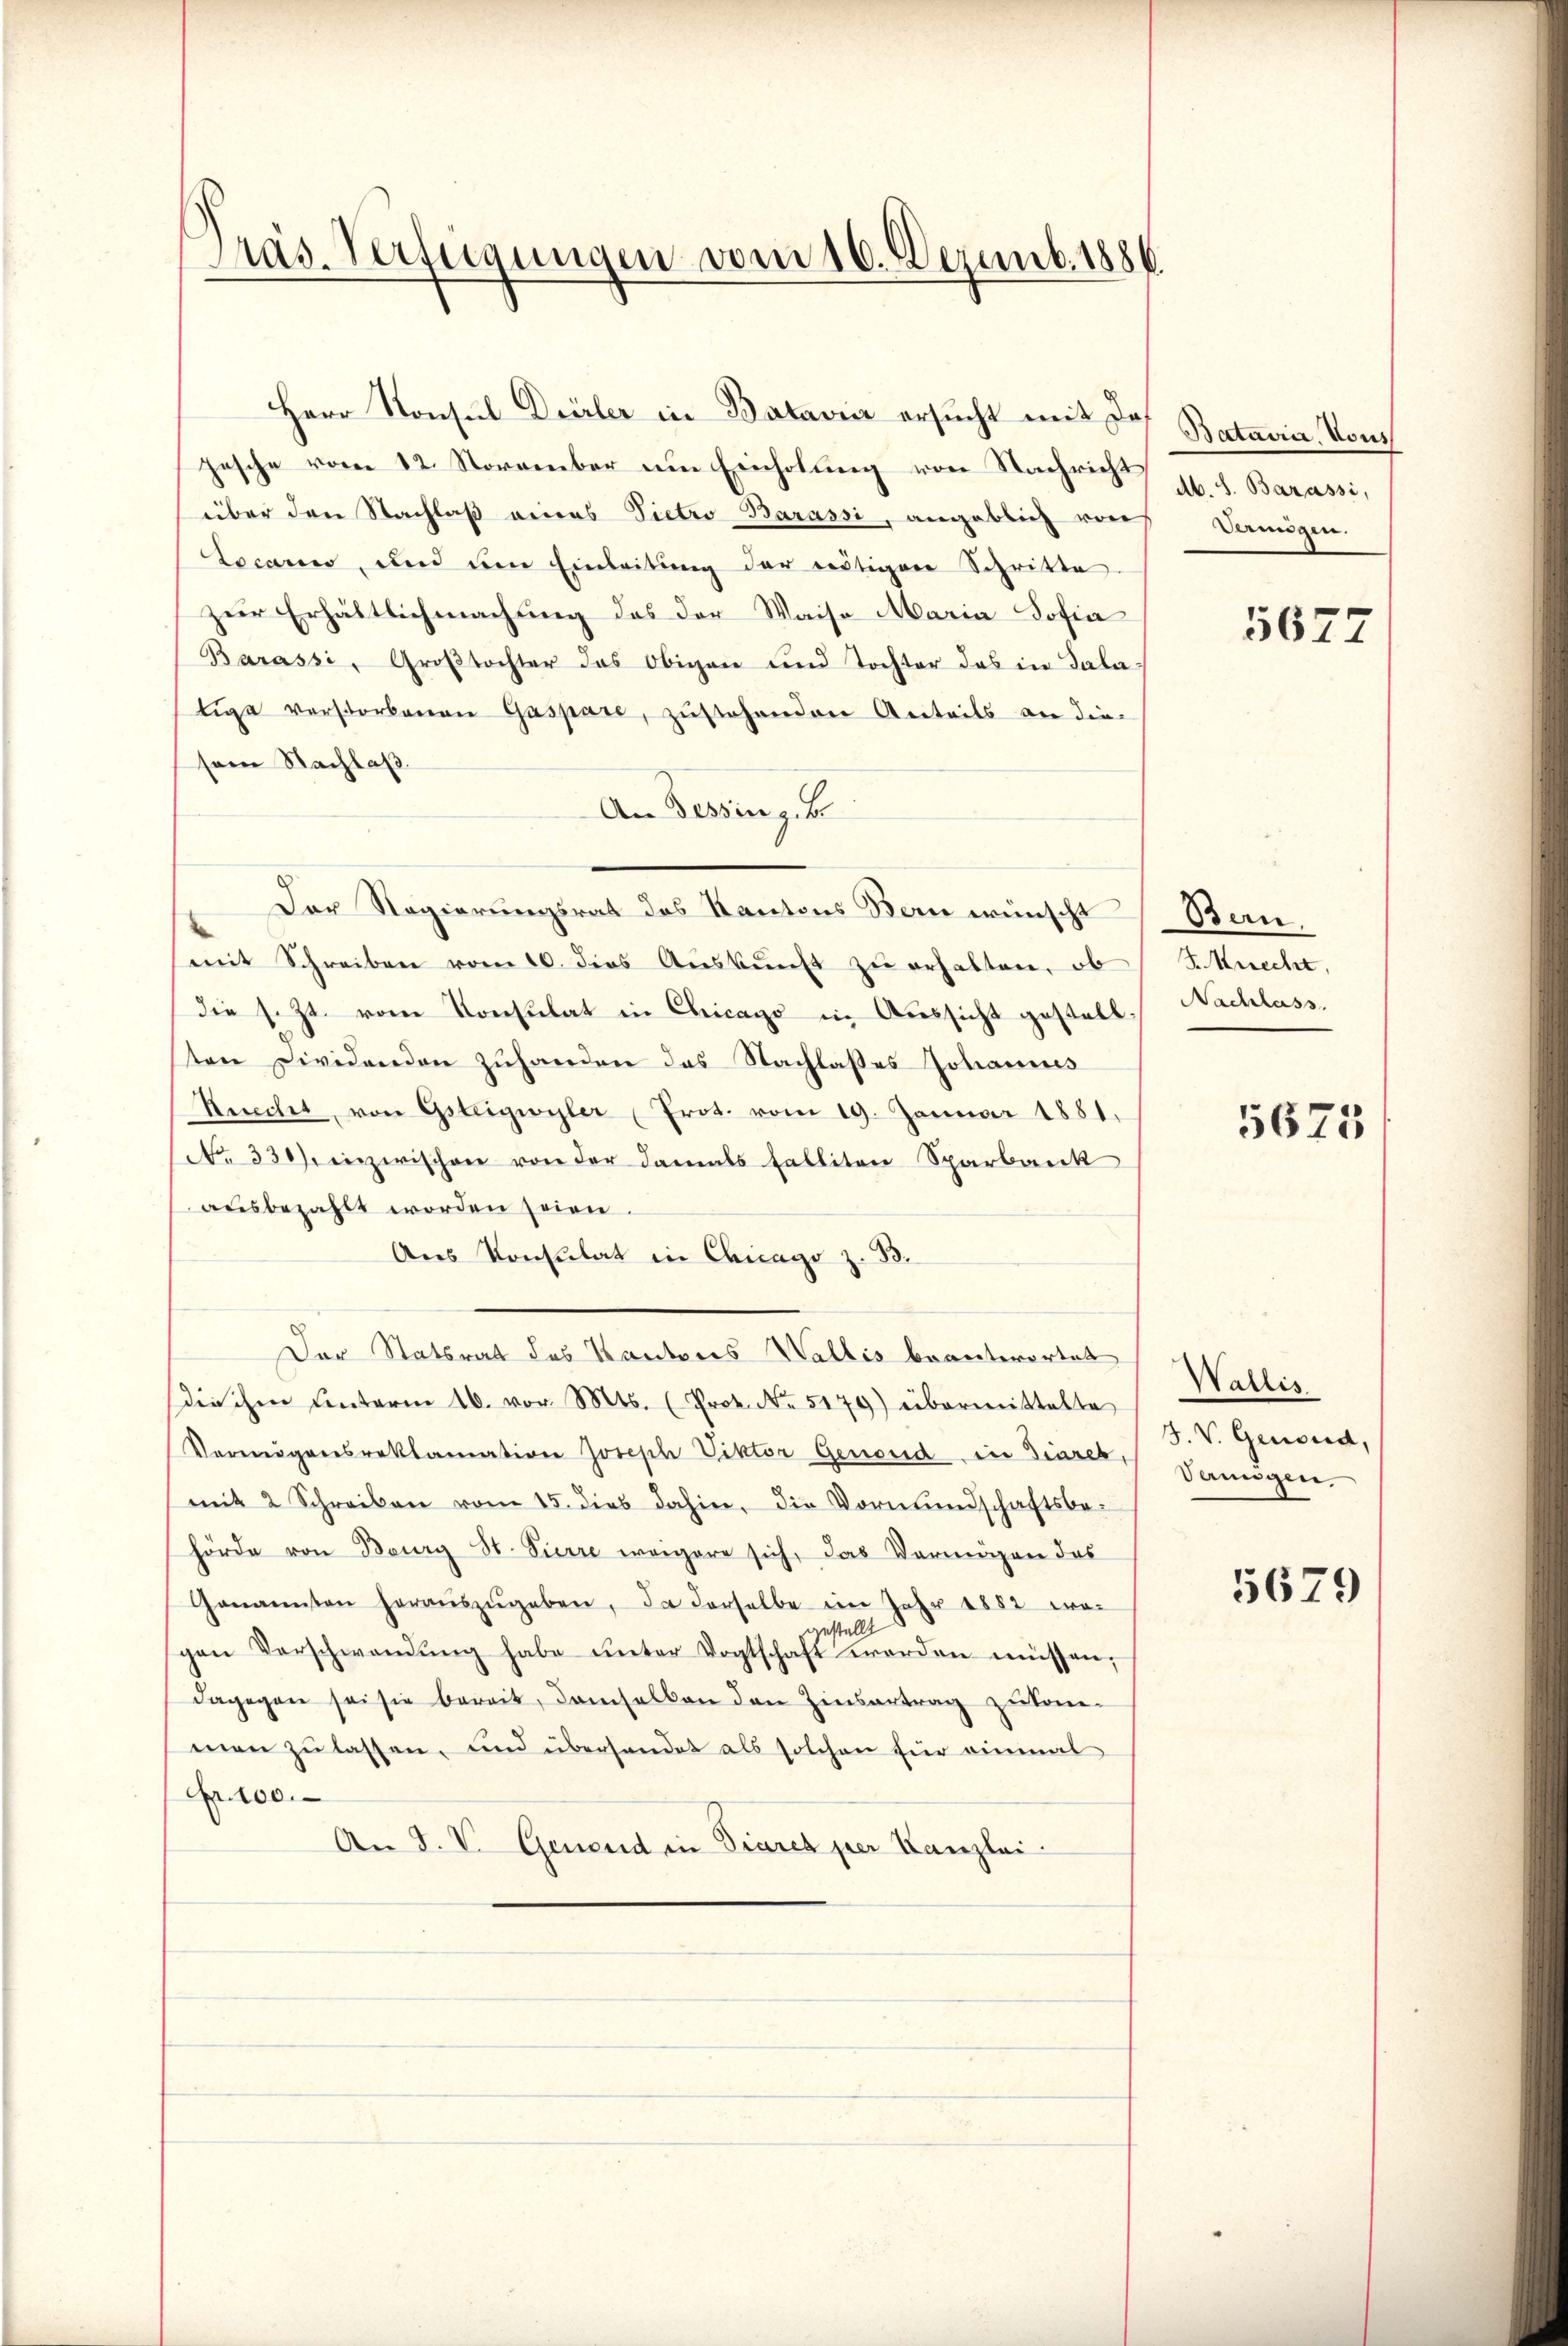
Präs. Verfügungen vom 16. Dezemb. 1886.

Herr Konsul Dürler in Batavia ersucht mit das
jesche vom 12. November um Einholung von Nachrich H. d. Barassi,
über den Nachlaß eines Vietro Barassi, angeblich von Vermögen.
Locarno, und um Einleitŭng der reitigen Schritte
zur Erhältlichmachung des der Waise Maria Sofia
Barassi, Großtochter das Obigen und Tochter das in Salatige verstorbenen Gaspare, zŭstehenden Anteils an die
sem Nachlaß.
An Dessing. B
Der Regierungsrat des Kantons Bern wünscht
mit Schreiben vom 10. dies Auskunft zu erhalten, ob
die s. Zt. vom Konsulat in Chicago in Aussicht gestallten Dividenden zuhanden das Nachlasses Johannes
Ricchet, von Gsteigwyler (Prot. vom 19. Januar 1881.
No. 330), inzwischen von der damals Falliten Sparbank
ausbezahlt worden seien.
Aus Konsulat in Chicago z. B.
Der Statsrat des Kantons Wallis beantwortet
diehen Unterm 16. vor. Mts. (Prot. No. 5179) übermittelte
Vermögensreklamation Joseph Viktor Genoud in Diares,
mit 2 Schreiben vom 15. dies dahin, die Vormundschaftsbe-
hörde von Bourg St. Pierre weigere sich, das Vermögen das
Genannten heraŭszŭgeben, da derselbe im Jahr 1882 wo-
gestell
gen Verschwendŭng habe unter Vogtschaft worden müssen,
dagegen sei sie bereit, demselben den Zinsertrag zukom-
men zu lassen, und überhandet als solchen für einmal
r. 100.
An J. V. Genend in Diares per Kanzlei.

Bataira, Vous

5677

Ban.
F. Knecht,
Nachlass.

5675

Wallis
J. V. Genoud,
Veungen

5679